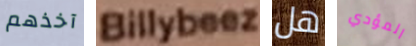
آخذهم Billybeez هل المؤدي